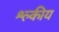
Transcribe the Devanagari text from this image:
श्ल्कीय